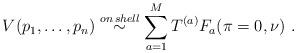
LaTeX: \begin{align*}V(p_1, \ldots , p_n) \stackrel{on\, shell} {\sim}\sum\limits_{a=1}^{M} T^{(a)} F_a(\pi = 0, \nu)\ .\end{align*}